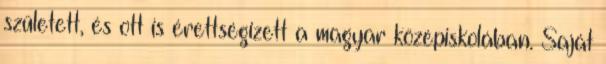
született, és ott is érettségizett a magyar középiskolában. Saját